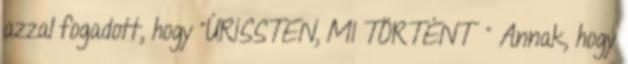
azzal fogadott, hogy "ÚRISSTEN, MI TÖRTÉNT " Annak, hogy